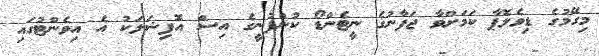
މިގޭމުގެ ޑިވެލޮޕާ ކަމަށްވާ ޖަޕާނުގެ ނީޓެންޑޯ ކުންފުނީގެ އިސް އޮފިޝަލަކު އެ އިވެންޓުގައި